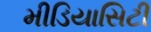
મીડિયાસિટી